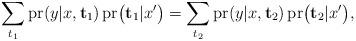
LaTeX: \begin{align*}\sum_{t_1}\operatorname{pr}(y|x,\mathbf{t}_1)\operatorname{pr}\bigl(\mathbf{t}_1|x'\bigr)=\sum_{t_2}\operatorname{pr}(y|x,\mathbf{t}_2)\operatorname{pr}\bigl(\mathbf{t}_2|x'\bigr),\end{align*}